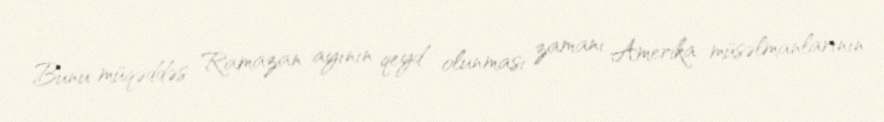
Bunu müqəddəs Ramazan ayının qeyd olunması zamanı Amerika müsəlmanlarının